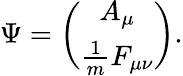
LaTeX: \Psi={\binom{A_{\mu}}{\frac{1}{m}F_{\mu\nu}}}.